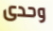
وحدى